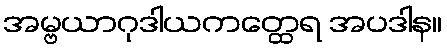
အမ္ဗယာဂုဒါယကတ္ထေရ အပဒါန။